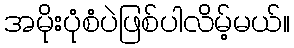
အမိုးပုံစံပဲဖြစ်ပါလိမ့်မယ်။